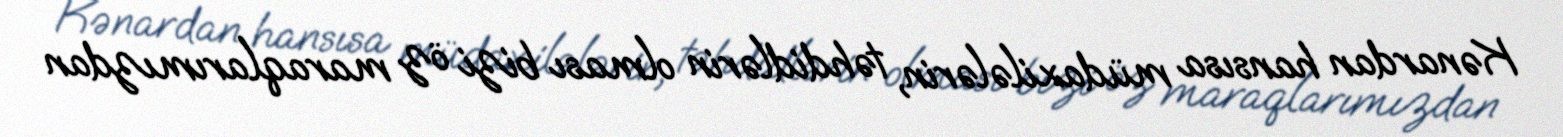
Kənardan hansısa müdaxilələrin, təhdidlərin olması bizi öz maraqlarımızdan